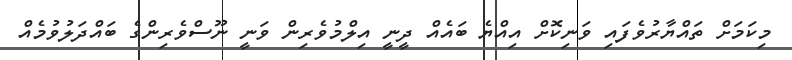
މިކަމަށް ތައްޔާރުވެފައި ވަނިކޮށް އިއްޔެ ބައެއް ދީނީ އިލްމުވެރިން ވަނީ ނޫސްވެރިންގެ ބައްދަލުވުމެއް